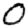
Digit: 0